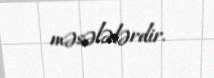
məsələlərdir.